Report on the working of the Ranchi Indian Mental Hospital, Kanke, in Bihar and Orissa - 1930-1940
Year: 1930
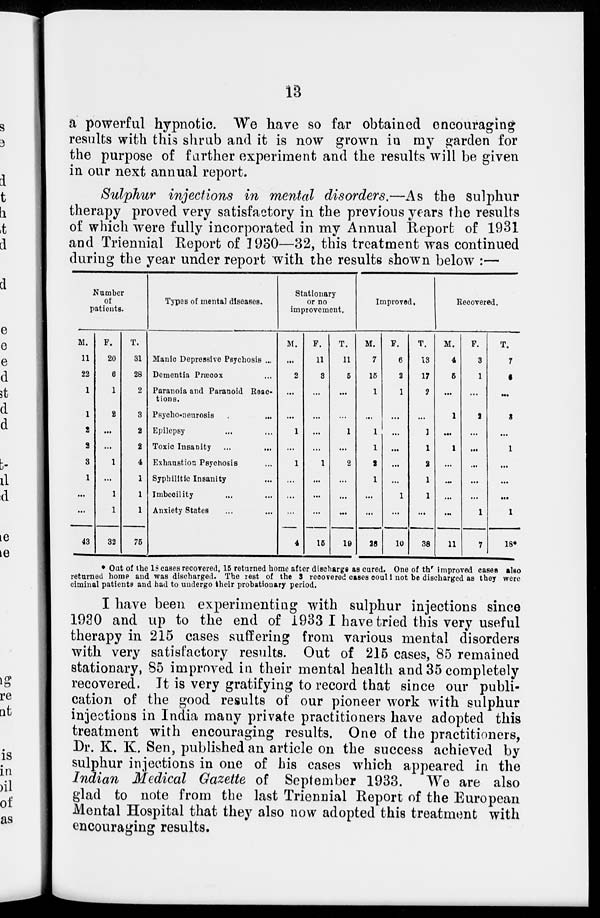
13
a powerful hypnotic. We have so far obtained encouraging
results with this shrub and it is now grown in my garden for
the purpose of further experiment and the results will be given
in our next annual report.
Sulphur injections in mental disorders.—As the sulphur
therapy proved very satisfactory in the previous years the results
of which were fully incorporated in my Annual Report of 1931
and Triennial Report of 1930—32, this treatment was continued
during the year under report with the results shown below :—
Number
of
patients.
M.
11
22
1
1
2
2
3
1
...
...
43
F.
20
6
1
2
...
...
1
1
1
32
T.
31
28
2
3
2
2
4
1
1
1
75
Types of mental diseases.
Manic Depressive Psychosis ...
Dementia Præcox ...
Paranoia and Paranoid Reac-
tions.
Psycho-neurosis
...
...
Epilepsy ... ...
Toxic Insanity ... ...
Exhaustion Psychosis ...
Syphilitic Insanity ...
Imbecility ... ...
Anxiety States ... ...
Stationary
or no
improvement.
M.
...
2
...
...
1
...
1
...
...
...
4
F.
11
3
...
...
...
...
1
...
...
...
15
T.
11
5
...
...
1
...
2
...
...
...
10
Improved.
M.
7
15
1
...
1
1
2
1
...
...
28
F.
6
2
1
...
...
...
...
...
1
...
10
T.
13
17
2
...
1
1
2
1
1
...
38
Recovered.
M.
4
5
...
1
...
1
...
...
...
...
11
F.
3
1
...
2
...
...
...
...
...
1
7
T.
7
6
...
3
...
1
...
...
...
1
18*
* Out of the 18 cases recovered, 15 returned home after discharge as cured. One of the improved cases also
returned home and was discharged. The rest of the 3 recovered cases could not be discharged as they were
ciminal patients and had to undergo their probationary period.
I have been experimenting with sulphur injections since
1930 and up to the end of 1933 I have tried this very useful
therapy in 215 cases suffering from various mental disorders
with very satisfactory results. Out of 215 cases, 85 remained
stationary, 85 improved in their mental health and 35 completely
recovered. It is very gratifying to record that since our publi-
cation of the good results of our pioneer work with sulphur
injections in India many private practitioners have adopted this
treatment with encouraging results. One of the practitioners,
Dr. K. K. Sen, published an article on the success achieved by
sulphur injections in one of his cases which appeared in the
Indian Medical Gazette of September 1933. We are also
glad to note from the last Triennial Report of the European
Mental Hospital that they also now adopted this treatment with
encouraging results.